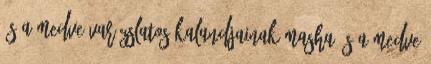
és a medve varázslatos kalandjainak Masha és a Medve